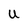
Character: U